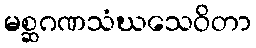
မစ္ဆဂဏသံဃသေဝိတာ